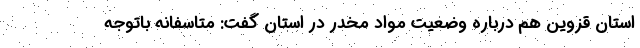
استان قزوین هم درباره وضعیت مواد مخدر در استان گفت: متاسفانه باتوجه